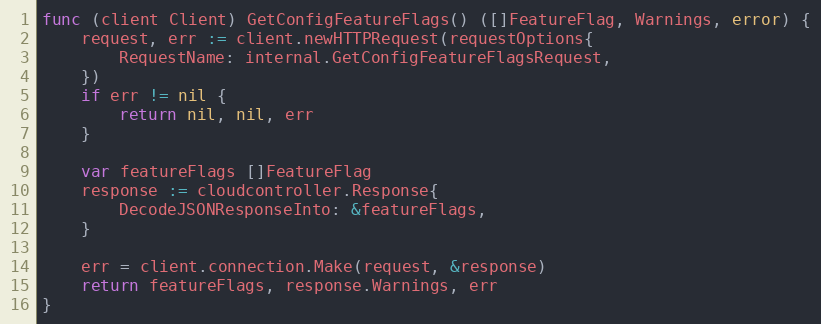
Language: Go
func (client Client) GetConfigFeatureFlags() ([]FeatureFlag, Warnings, error) {
	request, err := client.newHTTPRequest(requestOptions{
		RequestName: internal.GetConfigFeatureFlagsRequest,
	})
	if err != nil {
		return nil, nil, err
	}

	var featureFlags []FeatureFlag
	response := cloudcontroller.Response{
		DecodeJSONResponseInto: &featureFlags,
	}

	err = client.connection.Make(request, &response)
	return featureFlags, response.Warnings, err
}